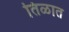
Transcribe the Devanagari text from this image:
तिळात